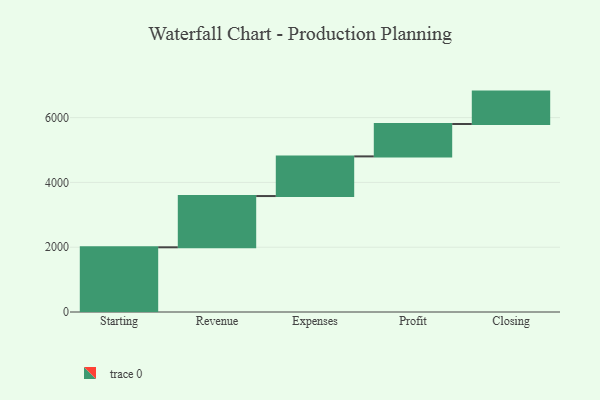
{"axis": {"x": "Step", "y": "Value"}, "legend": [""], "data": [{"x": "Starting", "y": 1997.0, "type": ""}, {"x": "Revenue", "y": 1582.0, "type": ""}, {"x": "Expenses", "y": 1224.0, "type": ""}, {"x": "Profit", "y": 1000, "type": ""}, {"x": "Closing", "y": 1000, "type": ""}]}